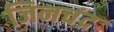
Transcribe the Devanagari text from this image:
जिनचंद्र